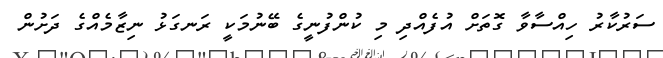
ސަރުކާރު ހިއްސާވާ ގޮތަށް އުފެއްދި މި ކުންފުނީގެ ބޭނުމަކީ ރަނގަޅު ނިޒާމެއްގެ ދަށުން